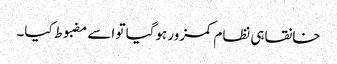
خانقاہی نظام کمزور ہوگیا تو اسے مضبوط کیا۔